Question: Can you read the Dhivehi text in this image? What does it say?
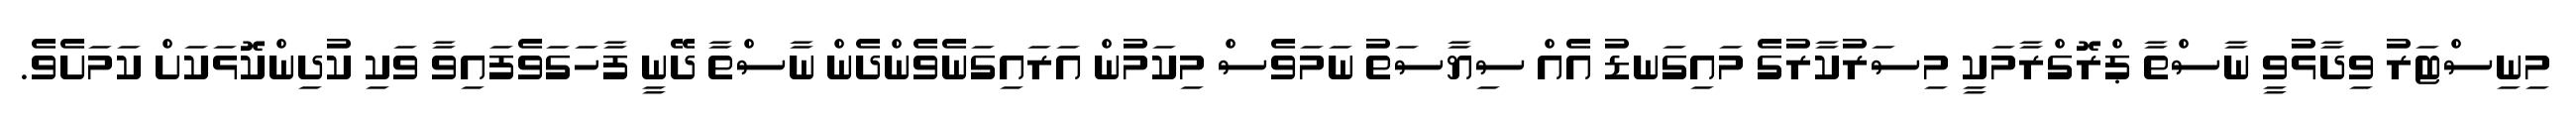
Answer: މިނިސްޓަރު ވިދާޅުވީ ނާސްތާ ޕްރޮގްރާމަކީ މިސަރުކާރުގެ މައިގަނޑު އެއް ސިޔާސަތު ނަމަވެސް މިކަމުން އަރައިގަނެވެންދެން ނާސްތާ ދޭނީ ފާހަގަވެފައިވާ ވަކި ކުދިންކޮޅަކަށް ކަމަށެވެ.